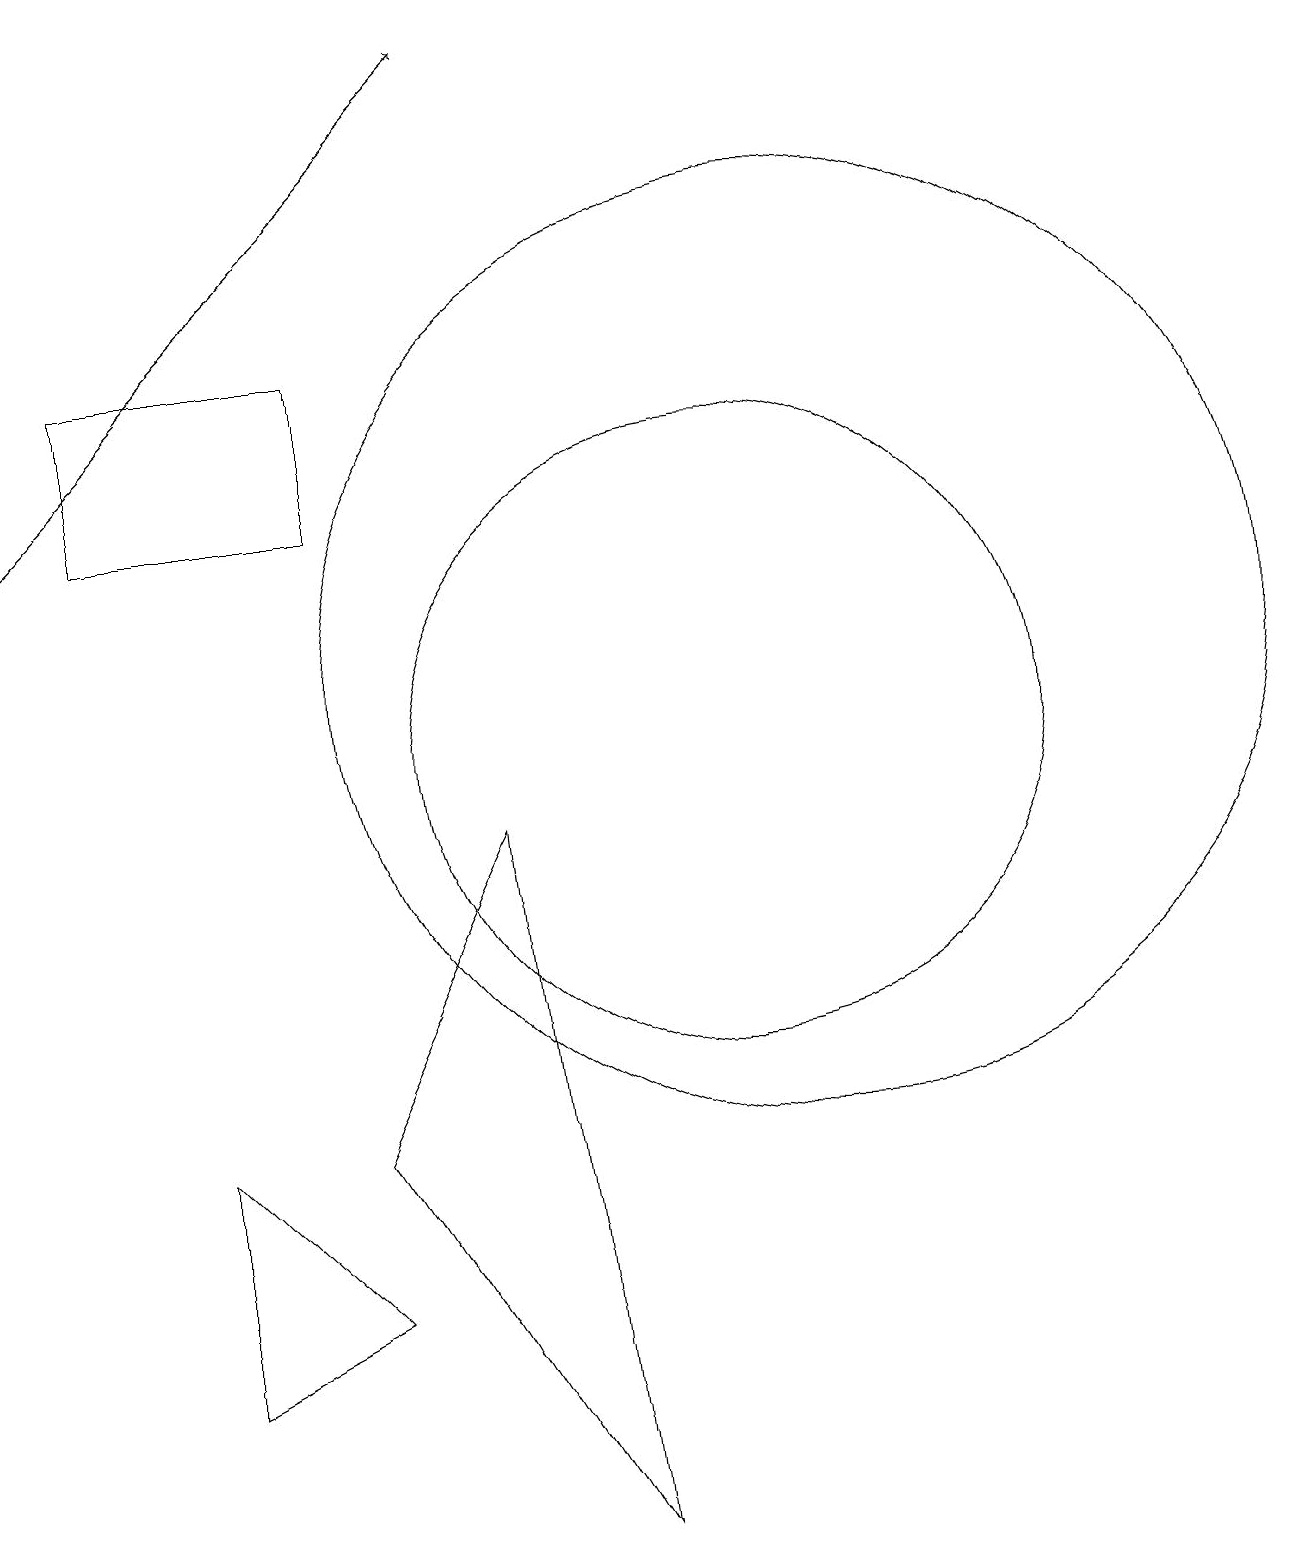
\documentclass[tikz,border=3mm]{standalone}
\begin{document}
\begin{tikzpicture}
\draw (11,11) circle (6);
\draw (10,10) circle (4);
\draw[->] (1,13) -- (7,19);
\draw (5,3) -- (3,5) -- (3,2) -- cycle;
\draw (5,13) rectangle (2,15);
\draw (7,9) -- (5,5) -- (8,0) -- cycle;
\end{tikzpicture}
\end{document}